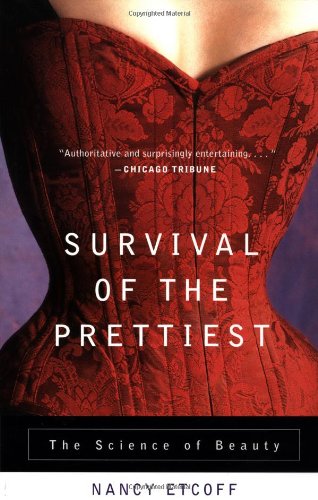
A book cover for Survival of the Prettiest: The Science of Beauty; Nancy Etcoff; Politics & Social Sciences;